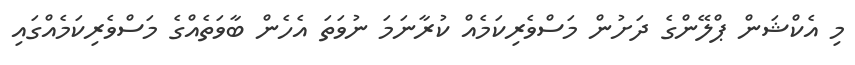
މި އެކްޝަން ޕްލޭންގެ ދަށުން މަސްވެރިކަމެއް ކުރާނަމަ ނުވަތަ އެހެން ބާވަތެއްގެ މަސްވެރިކަމެއްގައި